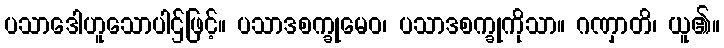
ပသာဒေါဟူသောပါဌ်ဖြင့်။ ပသာဒစက္ခုမေဝ၊ ပသာဒစက္ခုကိုသာ။ ဂဏှာတိ၊ ယူ၏။